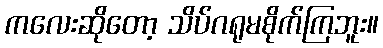
ကလေးဆိုတော့ သိပ်ဂရုမစိုက်ကြဘူး။